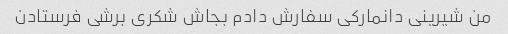
من شیرینی دانمارکی سفارش دادم بجاش شکری برشی فرستادن